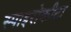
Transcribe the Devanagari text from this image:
स्पाइरोकीटा